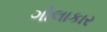
ગોલાકાર